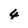
Character: 4